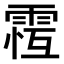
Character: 𩃆